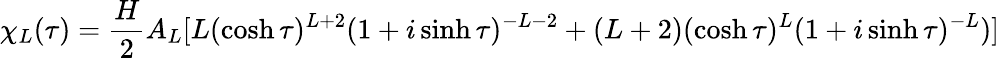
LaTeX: \chi_{L}(\tau)=\frac{H}{2}A_{L}[L(\cosh\tau)^{L+2}(1+i\sinh\tau)^{-L-2}+(L+2)(\cosh\tau)^{L}(1+i\sinh\tau)^{-L})]